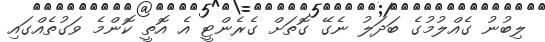
ލިބުނު ގެއްލުމުގެ ބަދަލު ނެގޭ ގޮތަށް ގެރެންޓީ އެ އޮތީ ކޮންމެ ވަގުތެއްގައި